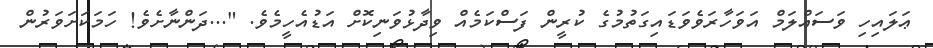
ޢަލައިހި ވަސައްލަމް އަވަހާރަވެވަޑައިގަތުމުގެ ކުރީން ފަސްކަމެއް ވިދާޅުވަނިކޮށް އަޑުއެހީމެވެ. "...ދަންނާށެވެ! ހަމަކަށަވަރުން